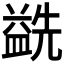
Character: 𰥅